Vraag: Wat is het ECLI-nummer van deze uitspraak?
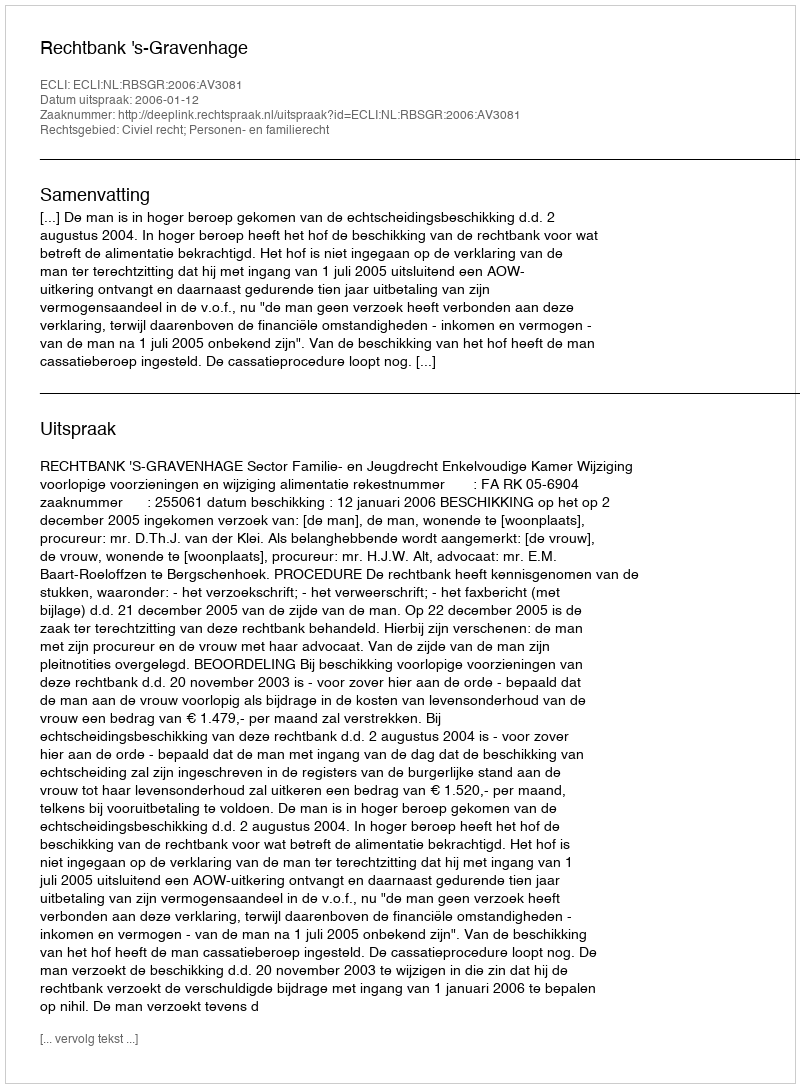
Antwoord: ECLI:NL:RBSGR:2006:AV3081